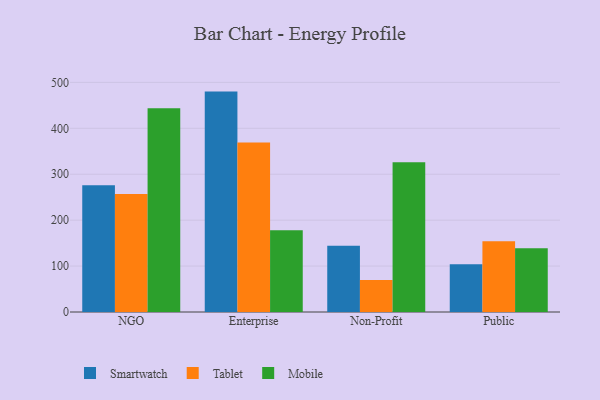
{"axis": {"x": "Segment", "y": "Active Users"}, "legend": ["Mobile", "Smartwatch", "Tablet"], "data": [{"x": "NGO", "y": 276.1, "type": "Smartwatch"}, {"x": "NGO", "y": 256.9, "type": "Tablet"}, {"x": "NGO", "y": 443.8, "type": "Mobile"}, {"x": "Enterprise", "y": 479.9, "type": "Smartwatch"}, {"x": "Enterprise", "y": 369.0, "type": "Tablet"}, {"x": "Enterprise", "y": 178.2, "type": "Mobile"}, {"x": "Non-Profit", "y": 144.1, "type": "Smartwatch"}, {"x": "Non-Profit", "y": 69.7, "type": "Tablet"}, {"x": "Non-Profit", "y": 326.1, "type": "Mobile"}, {"x": "Public", "y": 103.7, "type": "Smartwatch"}, {"x": "Public", "y": 154.3, "type": "Tablet"}, {"x": "Public", "y": 138.6, "type": "Mobile"}]}